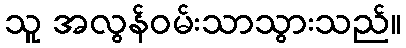
သူ အလွန်ဝမ်းသာသွားသည်။